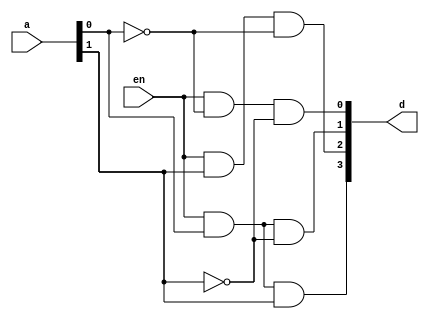
//
//Verilog HDL code for a 2-4 Decoder circuit
//
//Course group:		Group 6
//Schedule:				Wednesday, 9AM - 12PM
module Decoder24 (en, a, d);

	input [1:0] a;
	input en;
	output [3:0] d;
	
	
	
	and D1 (d[0], en, (~a[0]) ,(~a[1]));
	and D2 (d[1], en, (a[0]) ,(~a[1]));
	and D3 (d[2], en, (a[1]) ,(~a[0]));
	and D4 (d[3], en, (a[0]) ,(a[1]));
		

endmodule